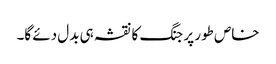
خاص طور پر جنگ کا نقشہ ہی بدل دئے گا۔